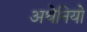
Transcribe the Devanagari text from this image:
अथेनियो